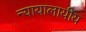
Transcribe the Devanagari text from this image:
न्यायालायीय